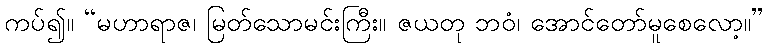
ကပ်၍။ “မဟာရာဇ၊ မြတ်သောမင်းကြီး။ ဇယတု ဘဝံ၊ အောင်တော်မူစေလော့။”